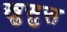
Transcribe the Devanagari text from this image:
खुसुस